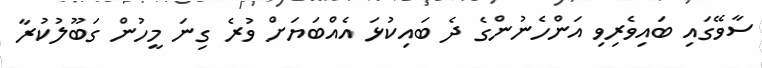
ސާވޭގައި ބައިވެރިވި އަންހެނުންގެ ދެ ބައިކުޅަ އެއްބަޔަށް ވުރެ ގިނަ މީހުން ގަބޫލުކުރާ